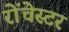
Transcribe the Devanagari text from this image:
रोंचेस्टर